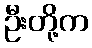
ဦးတို့က